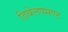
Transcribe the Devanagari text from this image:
डिवेलपमण्ट